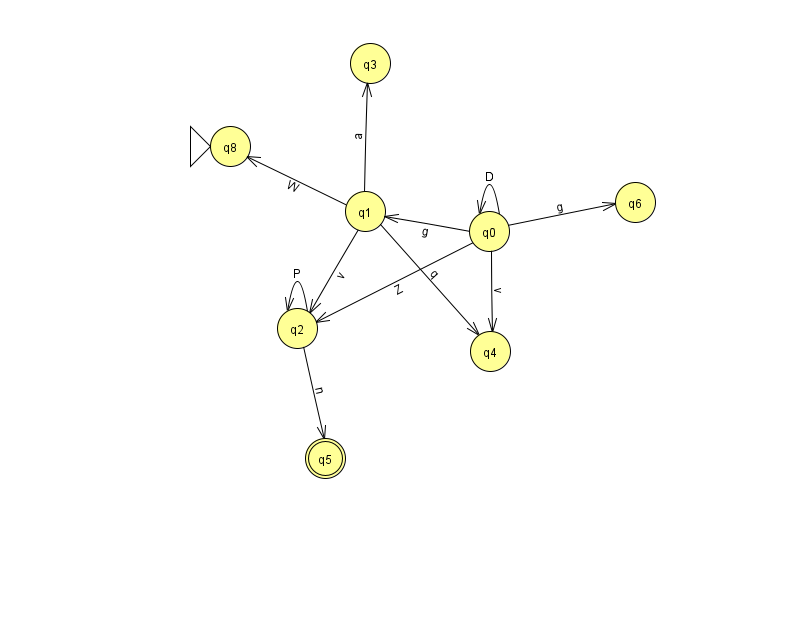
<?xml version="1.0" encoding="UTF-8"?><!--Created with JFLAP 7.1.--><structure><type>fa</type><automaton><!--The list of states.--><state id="0" name="q0"><x>489.0</x><y>218.0</y></state><state id="1" name="q1"><x>365.0</x><y>198.0</y></state><state id="2" name="q2"><x>297.0</x><y>315.0</y></state><state id="3" name="q3"><x>370.0</x><y>50.0</y></state><state id="4" name="q4"><x>490.0</x><y>338.0</y></state><state id="5" name="q5"><x>325.0</x><y>445.0</y><final/></state><state id="6" name="q6"><x>635.0</x><y>189.0</y></state><state id="8" name="q8"><x>230.0</x><y>133.0</y><initial/></state><!--The list of transitions.--><transition><from>2</from><to>2</to><read>P</read></transition><transition><from>0</from><to>0</to><read>D</read></transition><transition><from>1</from><to>2</to><read>v</read></transition><transition><from>1</from><to>4</to><read>q</read></transition><transition><from>0</from><to>2</to><read>Z</read></transition><transition><from>1</from><to>8</to><read>W</read></transition><transition><from>2</from><to>5</to><read>n</read></transition><transition><from>0</from><to>1</to><read>g</read></transition><transition><from>1</from><to>3</to><read>a</read></transition><transition><from>0</from><to>4</to><read>v</read></transition><transition><from>0</from><to>6</to><read>g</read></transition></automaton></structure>